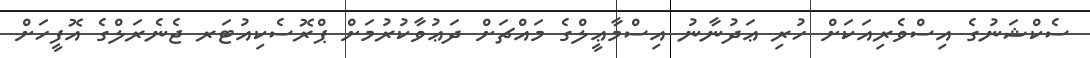
ސެކްޝަނުގެ އިސްވެރިއަކަށް ހުރި ޢަދުނާނު އިސްމާޢީލްގެ މައްޗަށް ދަޢުވާކުރުމަށް ޕްރޮސެކިއުޓަރ ޖެނެރަލްގެ އޮފީހަށް